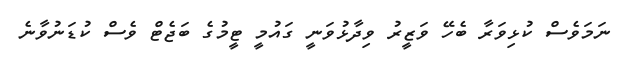
ނަމަވެސް ކުޅިވަރާ ބެހޭ ވަޒީރު ވިދާޅުވަނީ ގައުމީ ޓީމުގެ ބަޖެޓް ވެސް ކުޑަނުވާނެ